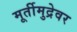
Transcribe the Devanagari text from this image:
मूर्तीमुद्रेवर